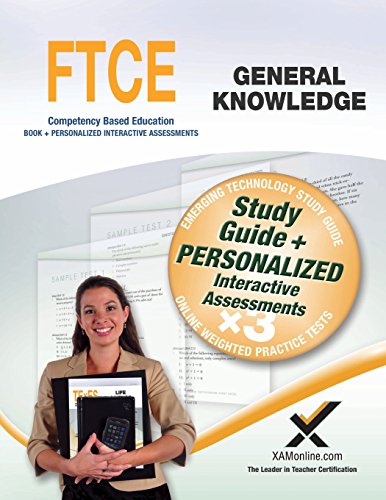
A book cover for FTCE General Knowledge; Sharon A Wynne; Test Preparation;